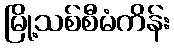
မြို့သစ်စီမံကိန်း